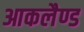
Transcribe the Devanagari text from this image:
आकलैण्ड